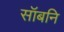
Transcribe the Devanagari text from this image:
सॉबनि